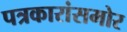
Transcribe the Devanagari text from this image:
पत्रकारांसमोर